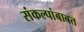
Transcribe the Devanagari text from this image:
संकल्पांबाबत